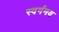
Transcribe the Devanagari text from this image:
स्वर्गंमय